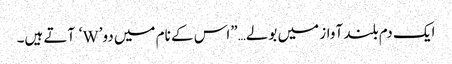
ایک دم بلند آواز میں بولے…”اس کے نام میں دو’W‘ آتے ہیں۔